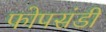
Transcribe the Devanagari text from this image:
फोपसंडी